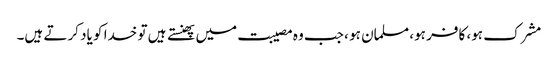
مشرک ہو، کافر ہو، مسلمان ہو ، جب وہ مصیبت میں پھنستے ہیں تو خدا کو یاد کرتے ہیں۔